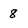
Character: 8